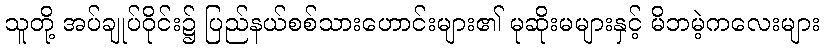
သူတို့ အပ်ချုပ်ဝိုင်း၌ ပြည်နယ်စစ်သားဟောင်းများ၏ မုဆိုးမများနှင့် မိဘမဲ့ကလေးများ